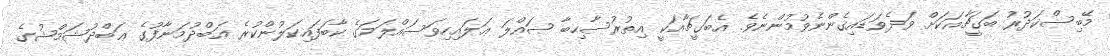
މޭބިސްކަދުރު ބަގީޗާއަކަށް ވަދެވަޑައިގެންނެވުމުންނެވެ. އެބަގީޗާއަކީ އިތުރުސާހިބާ ޞައްލަ ޢަލައިހިވަސައްލަމަގެ ކާބަފައިކަލުންކުރެ ޢަބްދުމަނާފުގެ ޢަބްދުޝަމްޝުގެ